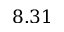
8 . 3 1